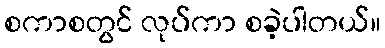
စကာစတွင် လုပ်ကာ စခဲ့ပါတယ်။